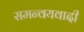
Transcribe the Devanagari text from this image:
समन्‍वयवादी